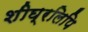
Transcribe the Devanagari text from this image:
शीघ्रलिपि